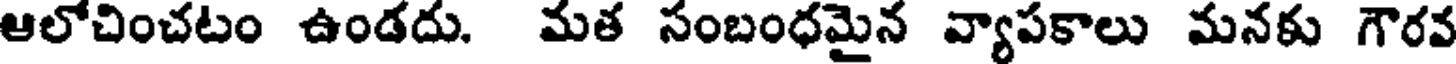
ఆలోచించటం ఉండదు. మత సంబంధమైన వ్యాపకాలు మనకు గౌరవ